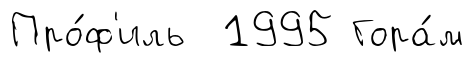
Про́ф'иль 1995 Гора́м